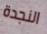
النجدة